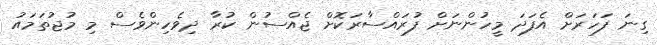
ގިނަ ފަހަރަށް އެފަދަ މީހުންނަށް ފުރައްސާރަކޮށް ޖެއްސުން ކުރާ ދިވެހިންވެސް މި މުޖުތަމައު